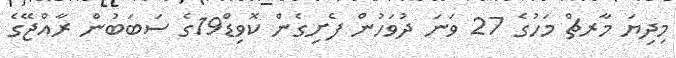
މިދިޔަ މާރޗް މަހުގެ 27 ވަނަ ދުވަހުން ފެށިގެން ކޮވިޑް19ގެ ސަބަބުން ރާއްޖޭގެ